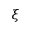
\xi